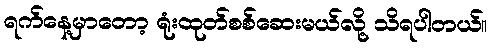
ရက်နေ့မှာတော့ ရုံးထုတ်စစ်ဆေးမယ်လို့ သိရပါတယ်။